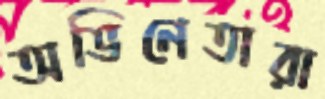
অভিনেতারা